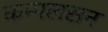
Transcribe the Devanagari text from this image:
कम्पलसन